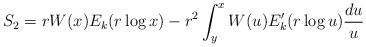
LaTeX: \begin{align*}S_2 = r W(x) E_k(r \log x) - r^2 \int_y^x W(u) E_k'(r \log u) \frac{du}{u}\end{align*}